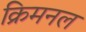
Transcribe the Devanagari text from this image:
क्रिमनल